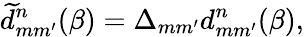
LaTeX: \widetilde{d}_{mm^{\prime}}^{n}(\beta)=\Delta_{mm^{\prime}}d_{mm^{\prime}}^{n}(\beta),